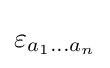
\varepsilon _{a_{1}\dots a_{n}}